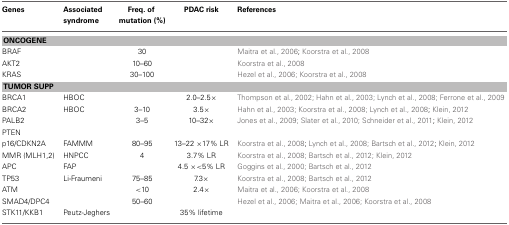
<table><thead><tr><td><b>Genes</b></td><td><b>Associated syndrome</b></td><td><b>Freq. of mutation (%)</b></td><td><b>PDAC risk</b></td><td><b>References</b></td></tr></thead><tbody><tr><td colspan="5"><b>ONCOGENE</b></td></tr><tr><td>BRAF</td><td></td><td>30</td><td></td><td>Maitra et al., 2006; Koorstra et al., 2008</td></tr><tr><td>AKT2</td><td></td><td>10–60</td><td></td><td>Koorstra et al., 2008</td></tr><tr><td>KRAS</td><td></td><td>30–100</td><td></td><td>Hezel et al., 2006; Koorstra et al., 2008</td></tr><tr><td colspan="5"><b>TUMOR SUPP</b></td></tr><tr><td>BRCA1</td><td>HBOC</td><td></td><td>2.0–2.5×</td><td>Thompson et al., 2002; Hahn et al., 2003; Lynch et al., 2008; Ferrone et al., 2009</td></tr><tr><td>BRCA2</td><td>HBOC</td><td>3–10</td><td>3.5×</td><td>Hahn et al., 2003; Koorstra et al., 2008; Lynch et al., 2008; Klein, 2012</td></tr><tr><td>PALB2</td><td></td><td>3–5</td><td>10–32×</td><td>Jones et al., 2009; Slater et al., 2010; Schneider et al., 2011; Klein, 2012</td></tr><tr><td>PTEN</td><td></td><td></td><td></td><td></td></tr><tr><td>p16/CDKN2A</td><td>FAMMM</td><td>80–95</td><td>13–22 × 17% LR</td><td>Koorstra et al., 2008; Lynch et al., 2008; Bartsch et al., 2012; Klein, 2012</td></tr><tr><td>MMR (MLH1,2)</td><td>HNPCC</td><td>4</td><td>3.7% LR</td><td>Koorstra et al., 2008; Bartsch et al., 2012; Klein, 2012</td></tr><tr><td>APC</td><td>FAP</td><td></td><td>4.5 × &lt;5% LR</td><td>Goggins et al., 2000; Bartsch et al., 2012</td></tr><tr><td>TP53</td><td>Li-Fraumeni</td><td>75–85</td><td>7.3×</td><td>Koorstra et al., 2008; Bartsch et al., 2012</td></tr><tr><td>ATM</td><td></td><td>&lt;10</td><td>2.4×</td><td>Maitra et al., 2006; Koorstra et al., 2008</td></tr><tr><td>SMAD4/DPC4</td><td></td><td>50–60</td><td></td><td>Hezel et al., 2006; Maitra et al., 2006; Koorstra et al., 2008</td></tr><tr><td>STK11/KKB1</td><td>Peutz-Jeghers</td><td></td><td>35% lifetime</td><td></td></tr></tbody></table>